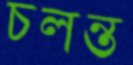
চলন্ত